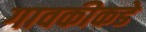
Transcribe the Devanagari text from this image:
गावकीकडे